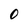
Character: 0